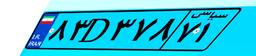
۸۳D۳۷۸۷۱